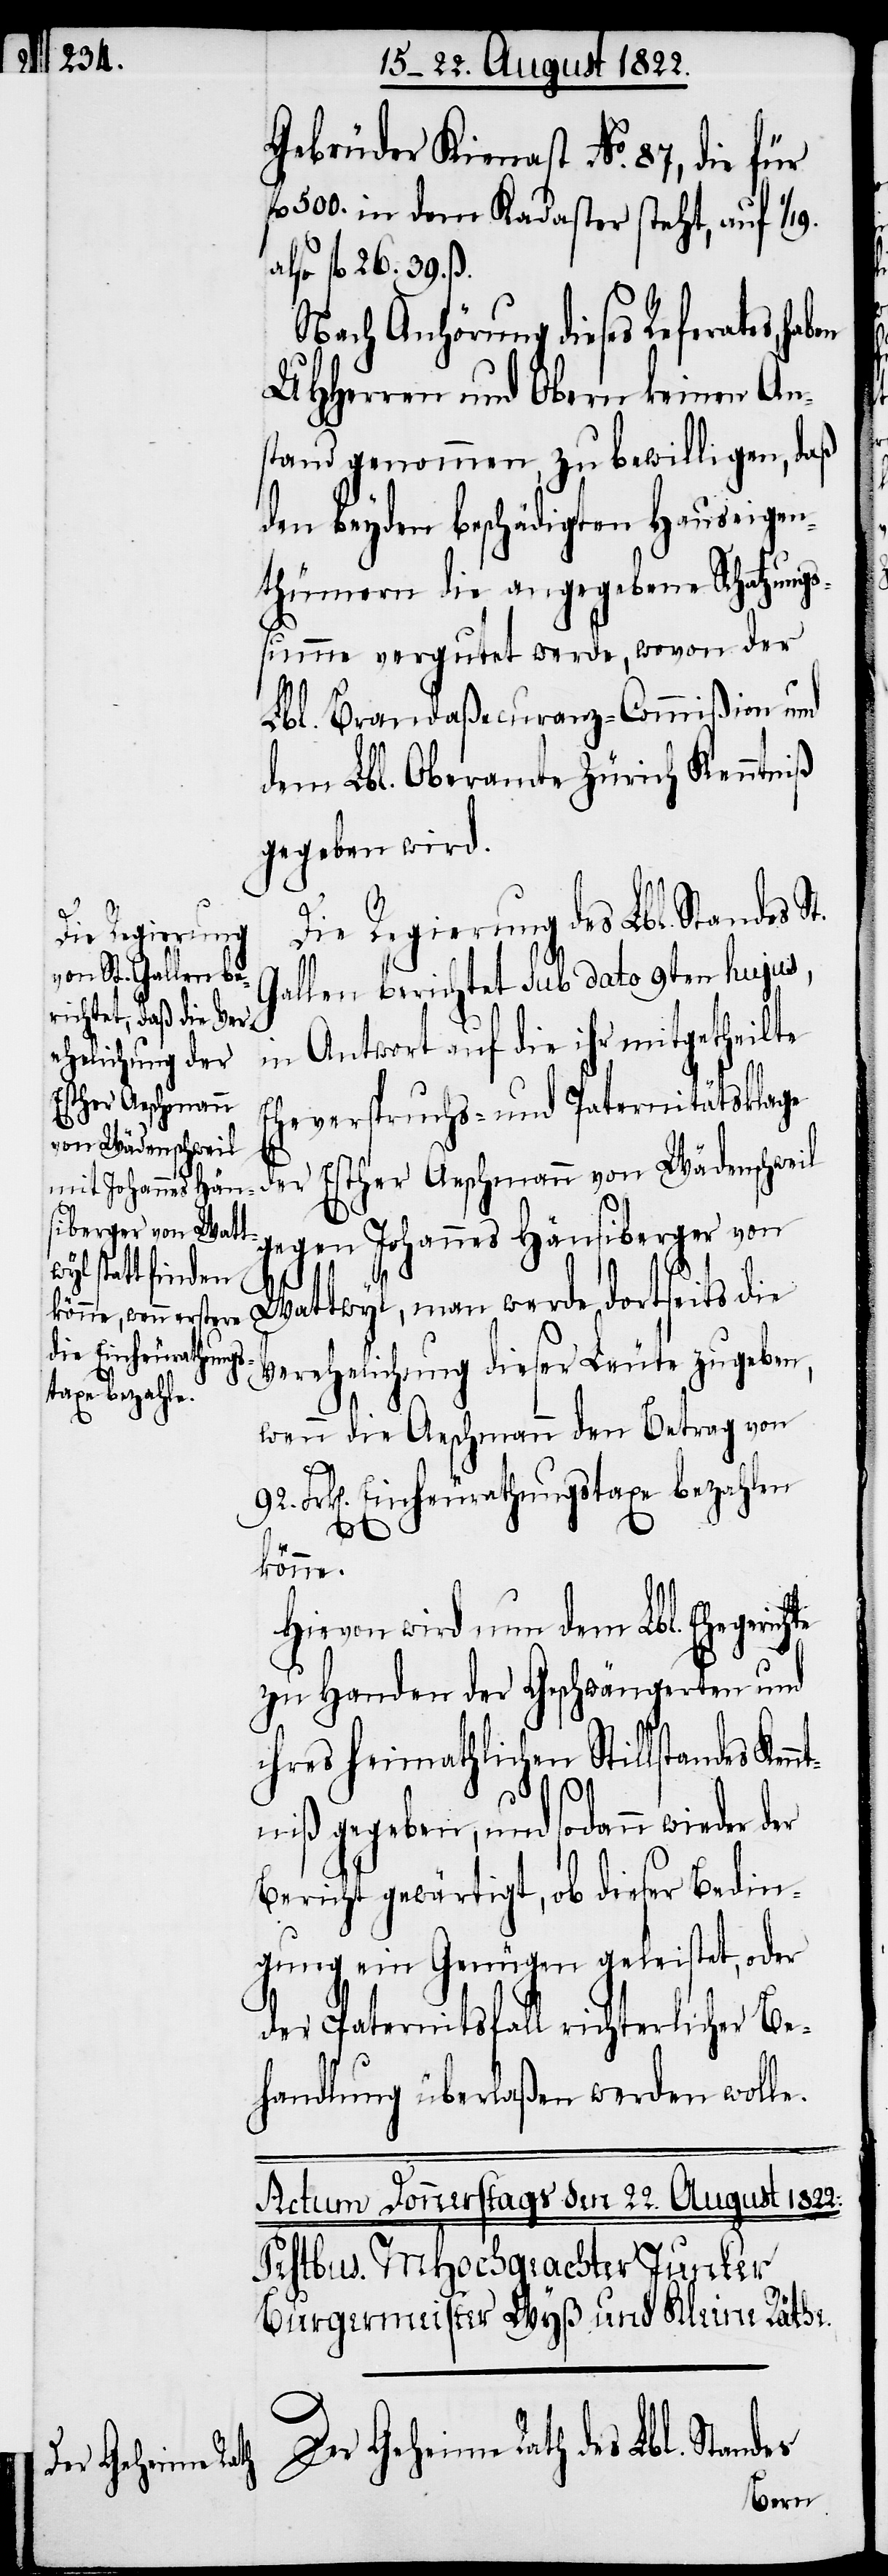
Gebrüder Kienast No. 87, die für
l. 500. in dem Kadaster steht, auf 1/19
also fl. 26.39.ß.
Nach Anhörung dieses Referates,
UHHerrn und Obern keinen An¬
stand genommen, zu bewilligen, daß
den beyden beschädigten Hauseigent¬
hümern vergutet werde, wovon der
Lbl. Brandaßecuranz-Commißion und
dem Lbl. Oberamte Zürich Kenntniß
gegeben wird.
Die Regierung des Lbl. Standes S¬
Gallen berichtet Sub dato 9ten hujus,
in Antwort auf die ihre mitgetheilte
Eheversprechungs- und Paternitätsklage
der Esther Aeschmann von Wädenschweil
gegen Johannes Hänsiberger von
te
Wattwyl, man werde dortseits die
Verehelichung dieser Leute zugeben,
wenn die Aeschmann den Betrag von
92. Frk[en] Einheurathungstaxe bezahlen
n¬
könne.
Hievon wird nun dem Lbl. Ehegerich¬
zu Handen der Geschwängerten und
ihres heimathlichen Stillstandes Ke¬
ntniß gegeben, und sodann wieder der
Bericht gewärtigt, ob dieser Bedien¬
ung ein Genügen geleistet, oder
der Paternitatsfall richterlicher Be¬
handlung überlaßen werden wolle.
Der Geheime Rath des Lbl. Standes